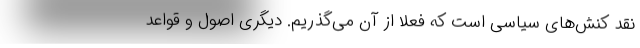
نقد کنش‌های سیاسی است که فعلاً از آن می‌گذریم. دیگری اصول و قواعد